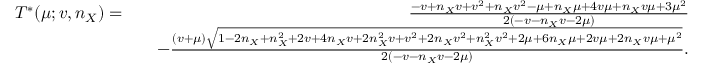
\begin{array} { r l r } { T ^ { \ast } ( \mu ; v , n _ { X } ) = } & { } & { \frac { - v + n _ { X } v + v ^ { 2 } + n _ { X } v ^ { 2 } - \mu + n _ { X } \mu + 4 v \mu + n _ { X } v \mu + 3 \mu ^ { 2 } } { 2 ( - v - n _ { X } v - 2 \mu ) } } \\ & { } & { - \frac { ( v + \mu ) \sqrt { 1 - 2 n _ { X } + n _ { X } ^ { 2 } + 2 v + 4 n _ { X } v + 2 n _ { X } ^ { 2 } v + v ^ { 2 } + 2 n _ { X } v ^ { 2 } + n _ { X } ^ { 2 } v ^ { 2 } + 2 \mu + 6 n _ { X } \mu + 2 v \mu + 2 n _ { X } v \mu + \mu ^ { 2 } } } { 2 ( - v - n _ { X } v - 2 \mu ) } . } \end{array}